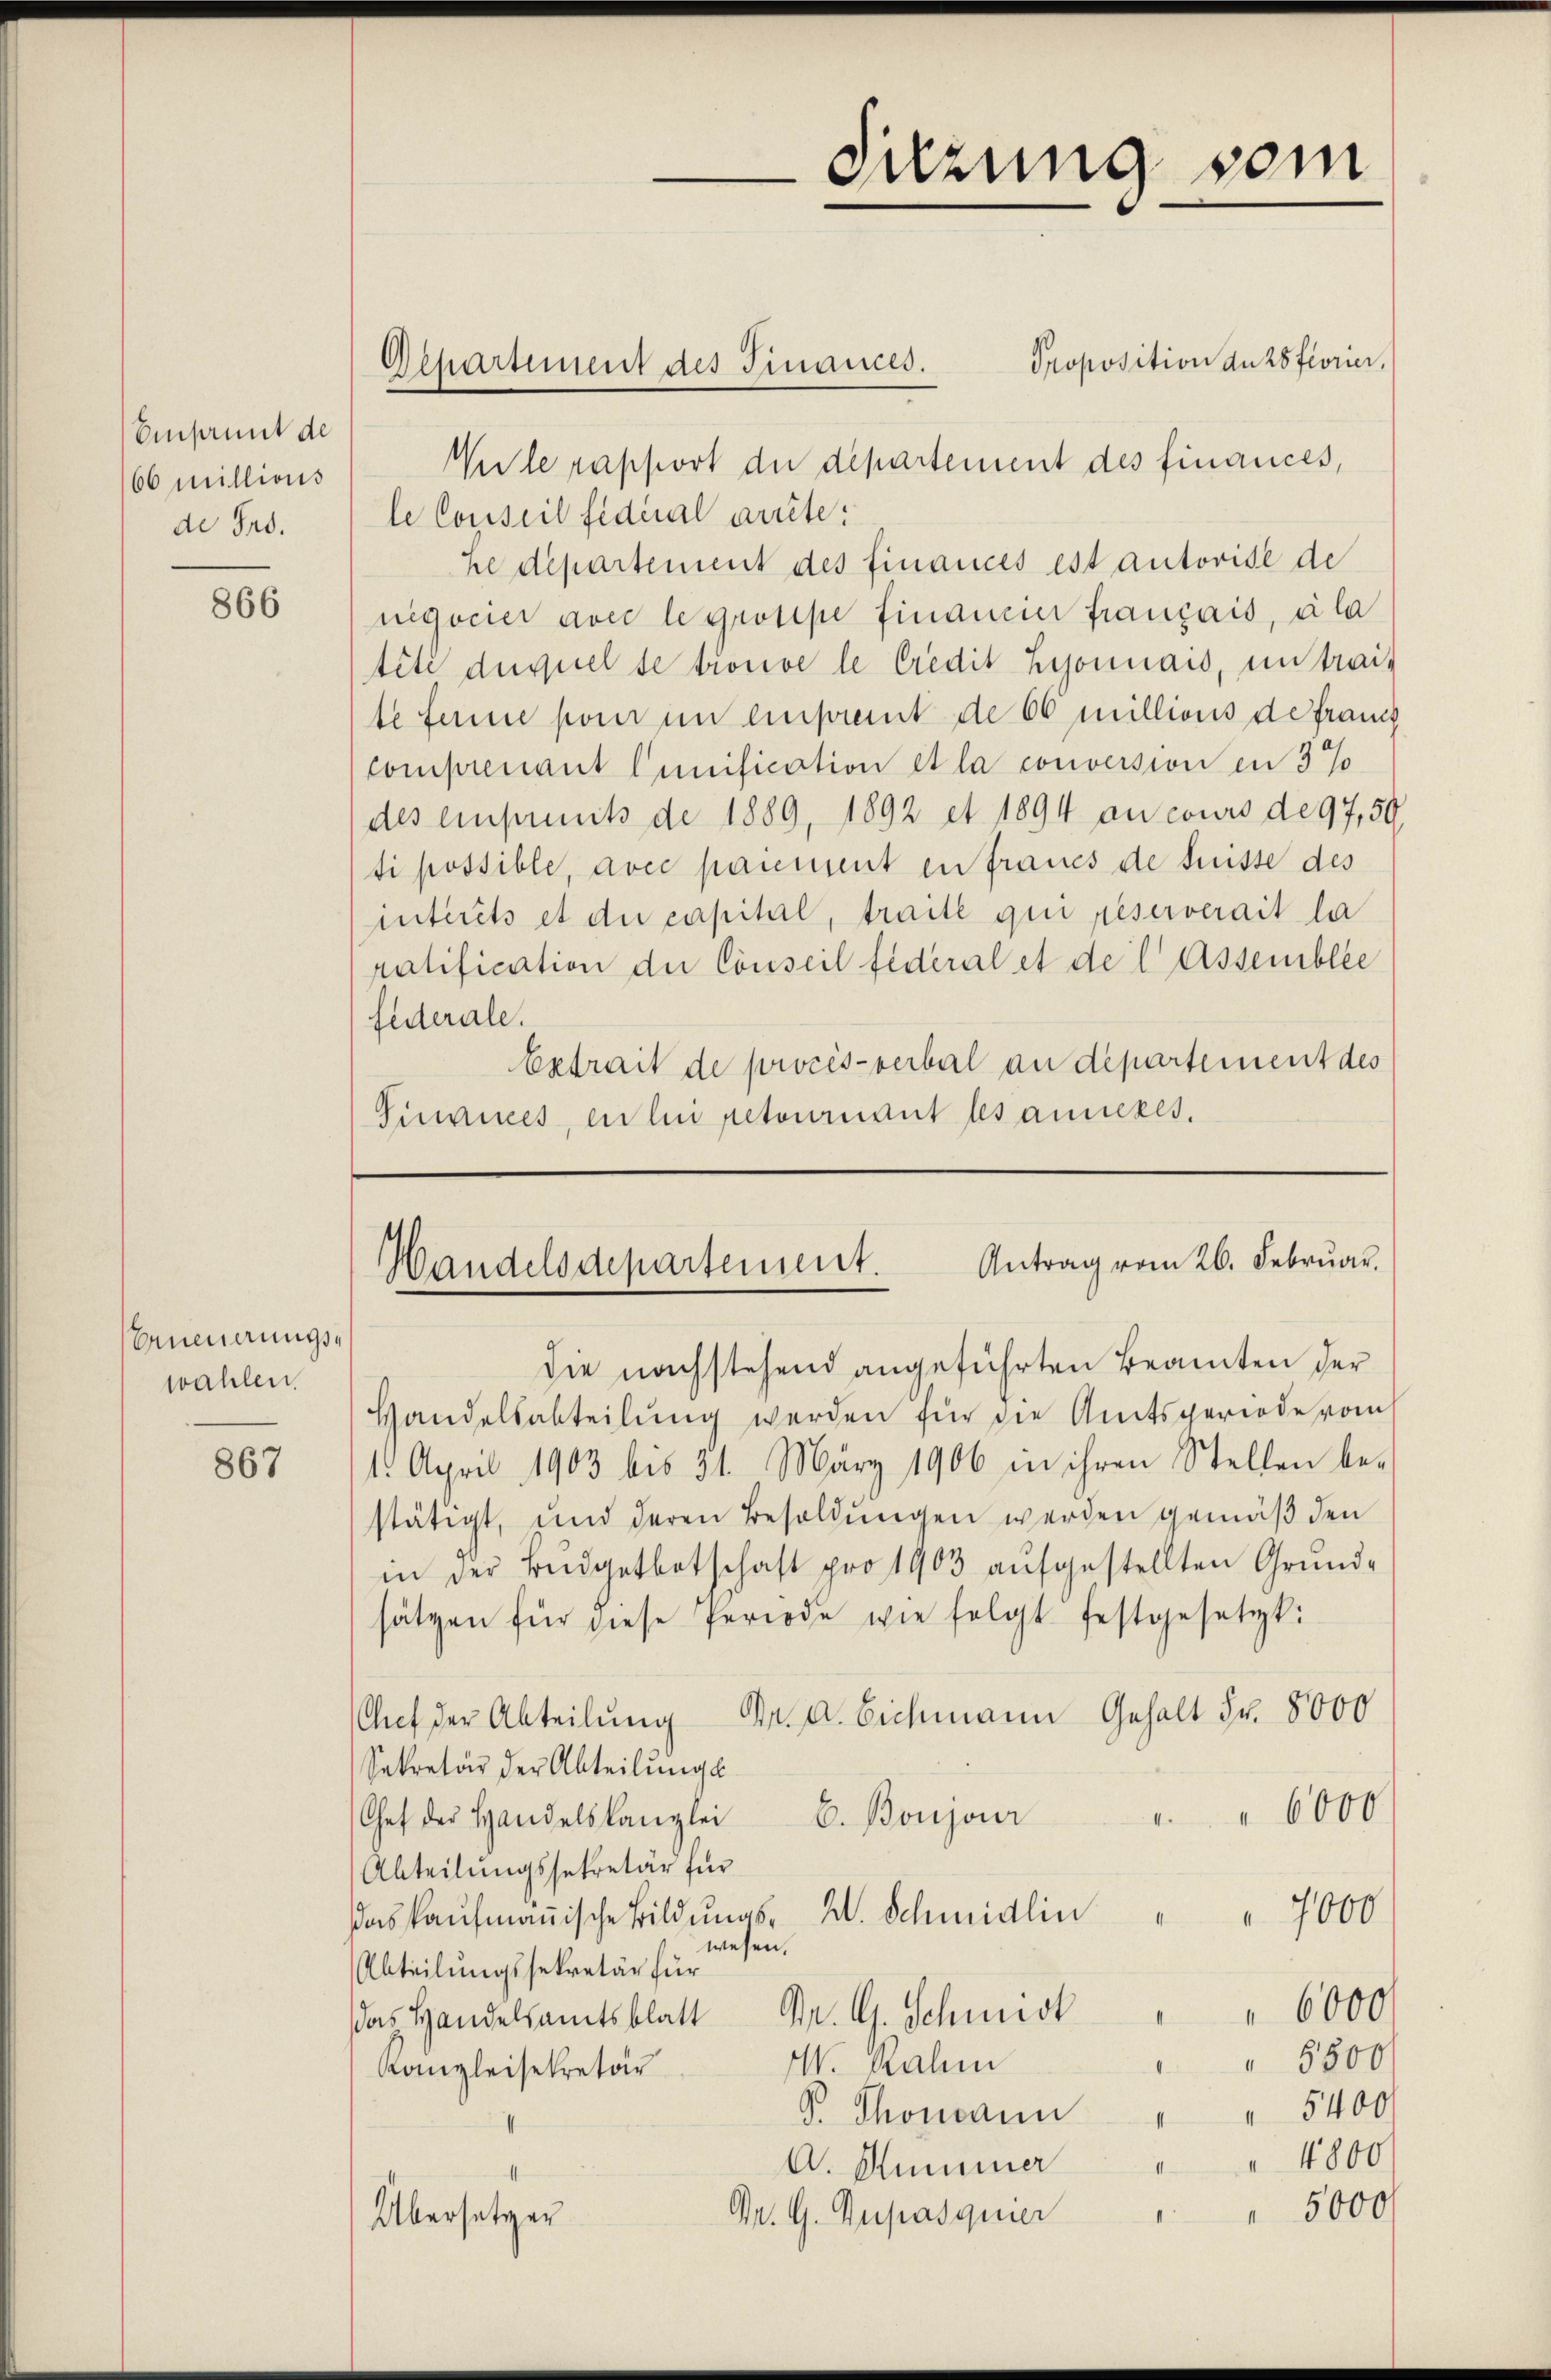
Einsamit de
66 millions
de Pro.

866

Erneuerungswahlen.

867

Wule rapport die departement des finances,
le Conseil signal arrête:
he departement des finances est autorise de
negocier avec le grosipe financier français, ala
tité duquel se trouve le Credit Lisonnais, un trait
te seine pour in einprent de 66 millions de franch
Comprenant lunification et la conversion en 3%
des einseits de 1889, 1892 et 1894 an cours de 97,50
si possible, avec paument en fraues de Füsse des
intérêts et die capital, traite qui peserverait la
ratification der Conseil fédéral et de l Assemblée
federale.
Extrait de procès-verbal an departement des
Sinaires, en lui retournant les anneres.

die nachstehend angeführten Beamten der
Handelsabteilung werden für die Amtsgeriode vom
15. April 1903 bis 51. März 1906 in ihren Stellen be-
stätigt, und deren Besoldŭngen werden gemäß den
in der Bŭdgetbotschaft pro 1903 aŭfgestellten Grund-
sätzen für diese Periode wie folgt festgesetzt:
Auf der Abteilung Dr. A. Eichmann Gehalt Fr. 8000
Sekretär der Abteilŭngs
" 6000
b. Boujour
Chef der Handelskanzlei
Abteilungssekretär für
 7000
das kaufmannische Bildungs- W. Schmidlin
wesen.
Abteilungssekretär für
das Handelsamtsblatt Dr. G. Schmidt " " 6000
 5500
W Rahm
Kangleisekretär
 5400
d. Thomann
" 4800
A. Hummer
Dr. G. Zupasquier " " 5000
Übersetzer

Antrag vom 26. Februar.
Handelsdepartement.

Gepartement des Finances. Proposition duzsfivrier,

Sitzung vom